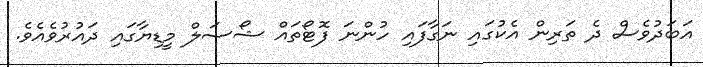
އަބަދުވެސް ދެ ތަރިން އެކުގައި ނަގާފައި ހުންނަ ފޮޓޯތައް ޝޯސަލް މީޑިޔާގައި ދައުރުވެއެވެ.